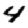
Digit: 4